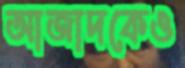
আজাদকেও